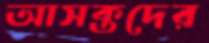
আসক্তদের